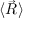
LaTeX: \langle { \vec { R } } \rangle